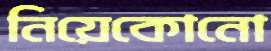
নিয়েকোনো